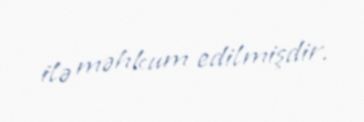
ilə məhkum edilmişdir.